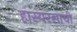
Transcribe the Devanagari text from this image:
हास्यरसाची